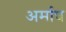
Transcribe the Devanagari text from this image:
अर्माघ